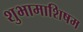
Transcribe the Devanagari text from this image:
शुभामाशिषम